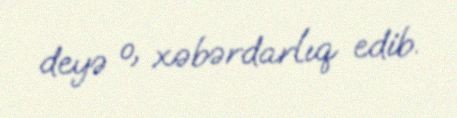
deyə o, xəbərdarlıq edib.